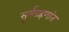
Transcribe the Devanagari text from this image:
सूर्यग्रहणांत